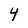
Character: 4